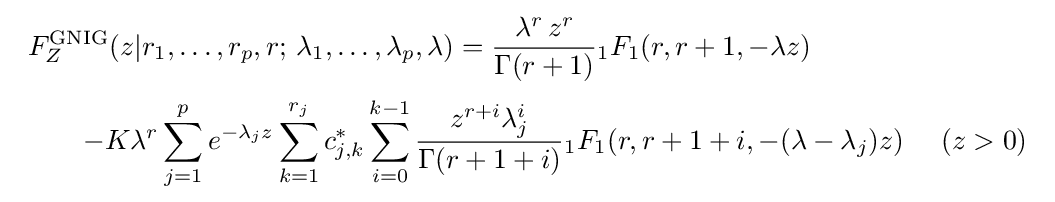
{\begin{array}{l}\displaystyle F_{Z}^{\text{GNIG}}(z|r_{1},\ldots ,r_{p},r;\,\lambda _{1},\ldots ,\lambda _{p},\lambda )={\frac {\lambda ^{r}\,{z^{r}}}{\Gamma (r+1)}}{}_{1}F_{1}(r,r+1,-\lambda z)\\[12pt]\quad \quad \displaystyle -K\lambda ^{r}\sum \limits _{j=1}^{p}{e^{-\lambda _{j}z}}\sum \limits _{k=1}^{r_{j}}{c_{j,k}^{*}}\sum \limits _{i=0}^{k-1}{\frac {z^{r+i}\lambda _{j}^{i}}{\Gamma (r+1+i)}}{}_{1}F_{1}(r,r+1+i,-(\lambda -\lambda _{j})z)~~~~(z>0)\end{array}}